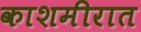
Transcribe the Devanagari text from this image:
काशमीरात